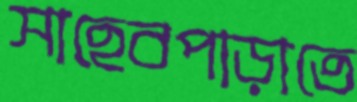
সাহেবপাড়াতে